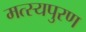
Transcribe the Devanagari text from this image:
मत्स्यपुरण